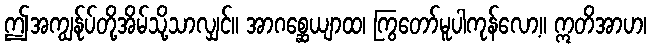
ဤအကျွန်ုပ်တို့အိမ်သို့သာလျှင်။ အာဂစ္ဆေယျာထ၊ ကြွတော်မူပါကုန်လော့။ ဣတိအာဟ၊